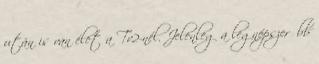
után is van élet a Tv2-nél. Jelenleg a legnépszerűbb